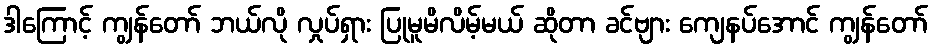
ဒါကြောင့် ကျွန်တော် ဘယ်လို လှုပ်ရှား ပြုမူမိလိမ့်မယ် ဆိုတာ ခင်ဗျား ကျေနပ်အောင် ကျွန်တော်